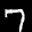
Label: 7